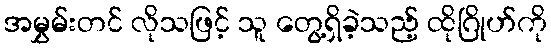
အမွှမ်းတင် လိုသဖြင့် သူ တွေ့ရှိခဲ့သည့် ထိုဂြိုဟ်ကို